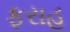
ફરાહ